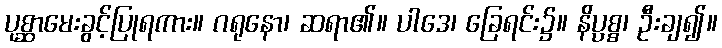
ပုစ္ဆာမေးခွင့်ပြုရကား။ ဂရုနော၊ ဆရာ၏။ ပါဒေ၊ ခြေရင်း၌။ နိပ္ပစ္စ၊ ဦးချ၍။